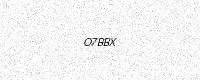
Text: O7BBX